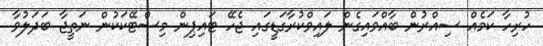
ހުރިހާ ކަމެއް ސިއްރުން ބާއްވައިގެން ލައިވްކުރާގަޑީގައި ޖެހޭ ޓައިޕިން މިސްޓޭކަކުން ނަތީޖާ ބަދަލުވާ